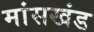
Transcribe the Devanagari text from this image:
मांसखंड